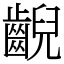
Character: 齯